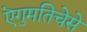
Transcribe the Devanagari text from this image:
ऎगुमतिचेसे